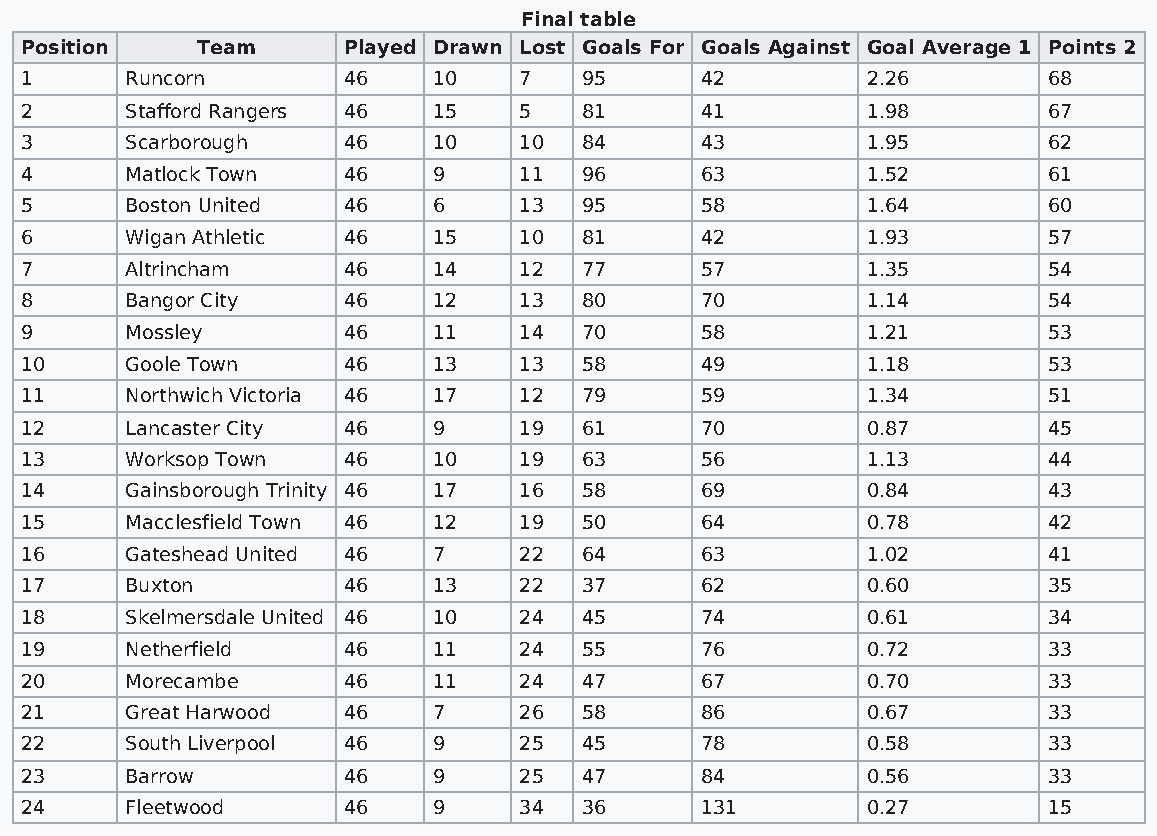
Final table
 Position    Team      Played Drawn Lost Goals For Goals Against Goal Average 1 Points 2
 1      Runcorn        46    10   7    95     42         2.26        68
 2      Stafford Rangers 46  15   5    81     41         1.98        67
 3      Scarborough    46    10   10   84     43         1.95        62
 4      Matlock Town   46    9    11   96     63         1.52        61
 5      Boston United  46    6    13   95     58         1.64        60
 6      Wigan Athletic 46    15   10   81     42         1.93        57
 7      Altrincham     46    14   12   77     57         1.35        54
 8      Bangor City    46    12   13   80     70         1.14        54
 9      Mossley        46    11   14   70     58         1.21        53
 10     Goole Town     46    13   13   58     49         1.18        53
 11     Northwich Victoria 46 17  12   79     59         1.34        51
 12     Lancaster City 46    9    19   61     70         0.87        45
 13     Worksop Town   46    10   19   63     56         1.13        44
 14     Gainsborough Trinity 46 17 16  58     69         0.84        43
 15     Macclesfield Town 46 12   19   50     64         0.78        42
 16     Gateshead United 46  7    22   64     63         1.02        41
 17     Buxton         46    13   22   37     62         0.60        35
 18     Skelmersdale United 46 10 24   45     74         0.61        34
 19     Netherfield    46    11   24   55     76         0.72        33
 20     Morecambe      46    11   24   47     67         0.70        33
 21     Great Harwood  46    7    26   58     86         0.67        33
 22     South Liverpool 46   9    25   45     78         0.58        33
 23     Barrow         46    9    25   47     84         0.56        33
 24     Fleetwood      46    9    34   36     131        0.27        15